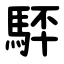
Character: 䮆